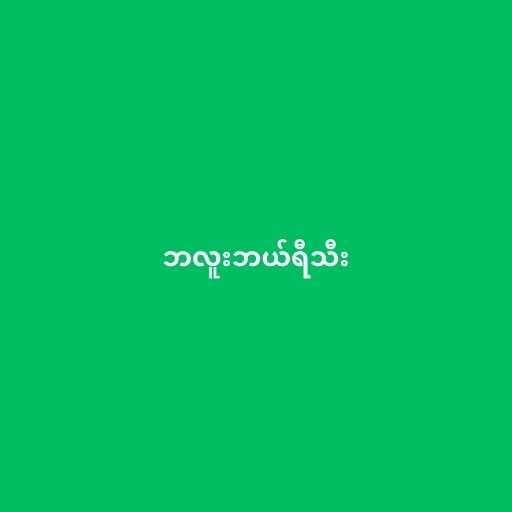
ဘလူးဘယ်ရီသီး